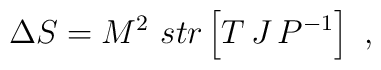
\Delta S=M^2\ str\left[ T\,J\, P^{-1}\right] \ ,